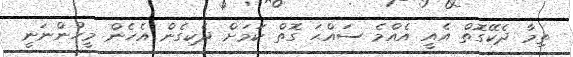
ތިމާ ދެކޭގޮތް އެއީ އެއްމެ ސައްޙަ ގޮތް ކަމަށް ދެކިގެން އެހެން މީހުންނަނީ